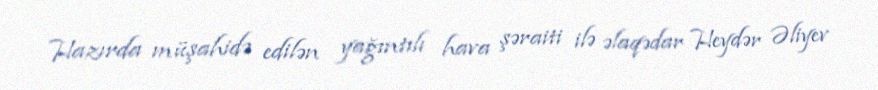
Hazırda müşahidə edilən yağıntılı hava şəraiti ilə əlaqədar Heydər Əliyev